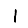
Digit: 1